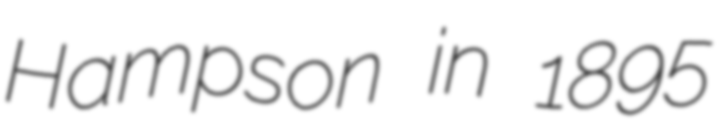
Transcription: Hampson in 1895